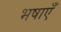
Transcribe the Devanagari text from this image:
भषाएँ